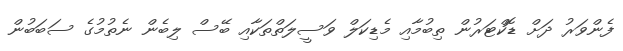
ފެންވަރު ދަށް ޑޮކްޓަރުން ތިބުމާއި މެޑިކަލް ވަސީލަތްތަކާއި ބޭސް ލިބެން ނެތުމުގެ ސަބަބުން